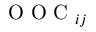
\mathrm { ~ O ~ O ~ C ~ } _ { i j }